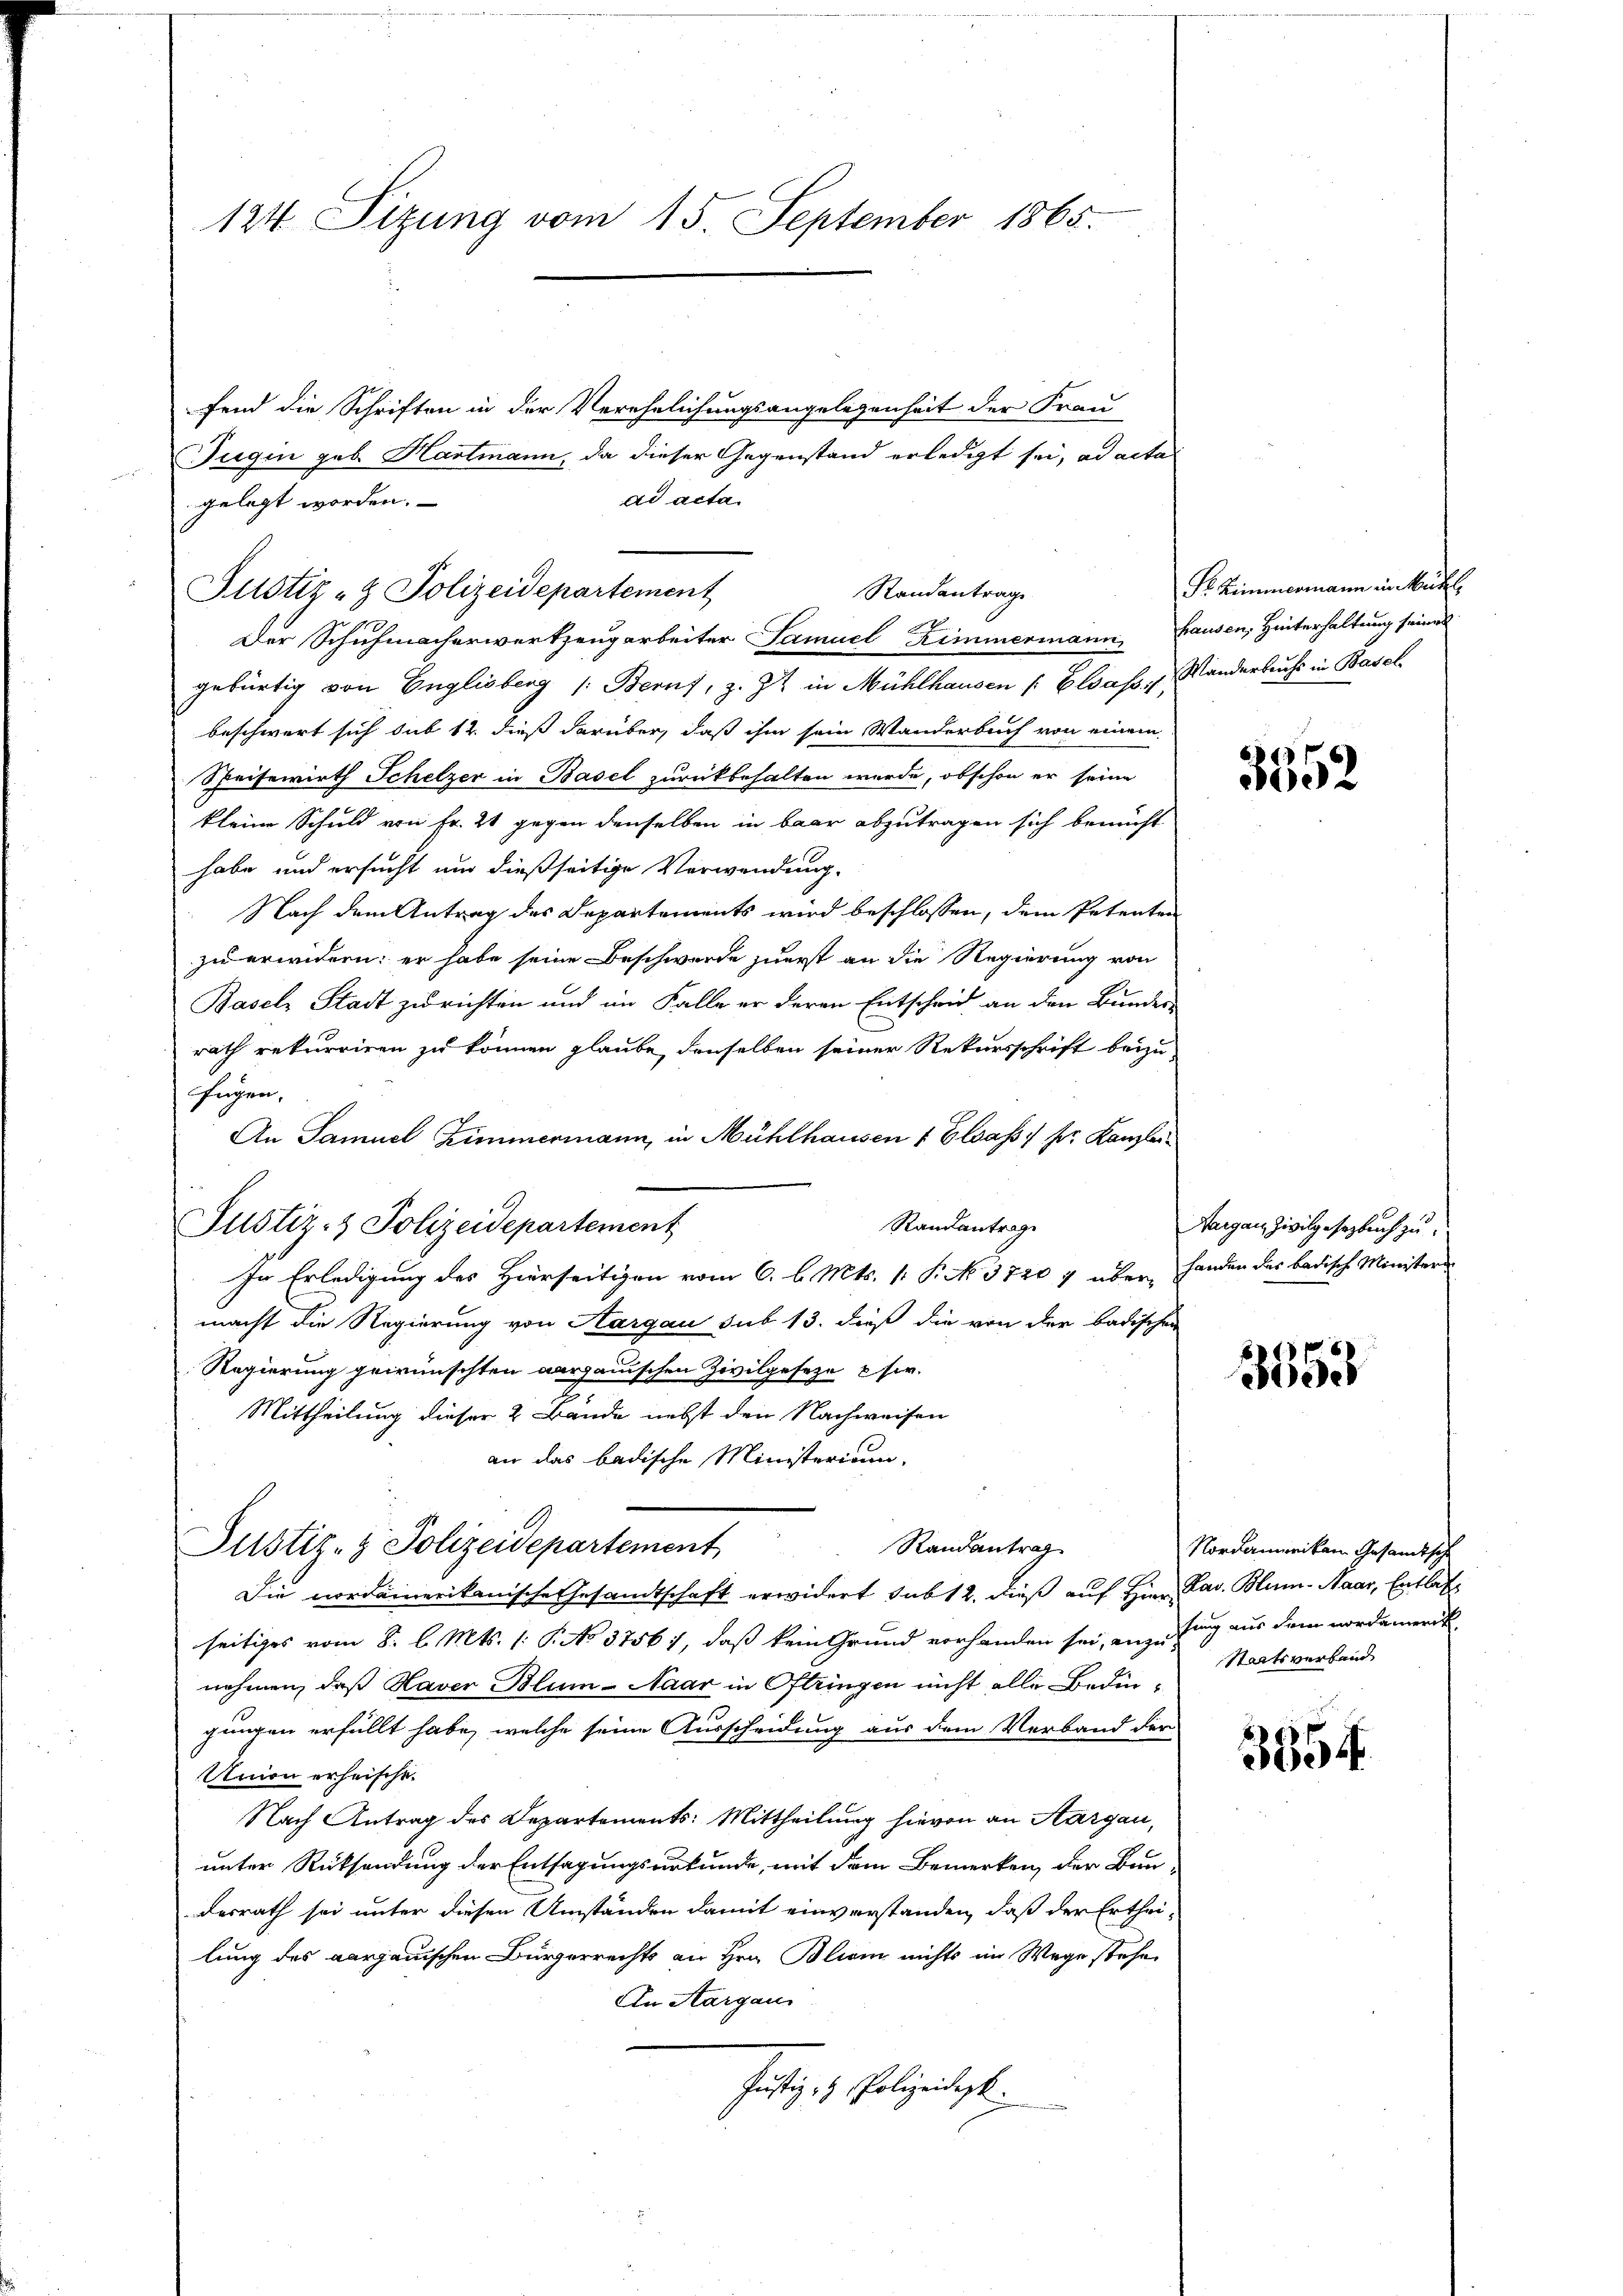
124. Sizung vom 15. September 1865.

ad acta.
gelegt worden.
Der Schuhmacherwerkzeugarbeiter Samuel Kimmermann, Hausen, Hinterhaltung seines
gebürtig von Englisberg /: Beruf, z. Zt. in Mühlhausen /: Elsass, u. Manderbruchs in Basel
beschwert sich sub 12. dieß darüber, daß ihm sein Wanderbuch von einem
Speisewirth Schelzer in Basel zurückbehalten werde, obschon er seine
kleine Schuld von Fr. 21 gegen denselben in baar abzutragen sich bemüht
habe und ersucht um dießseitige Verwendung.
Nach dem Antrag des Departements wird beschlossen, dem Petenten
zu erwidern: er habe seine Beschwerde zuerst an die Regierung von
Basel Stadt zu richten und im Falle er deren Entscheid an den Bundes-
rath rekurriren zu können glaube, denselben seiner Rekursschrift beizu-
Eugen,
An Samuel Zimmermann, in Mühlhausen 1 Elsass. pr. Kanzlei
Randantrag
Justiz- & Polizeidepartement
In Erledigung des Hierseitigen vom 6. d. Mts. k. P. No. 3740 7 über Handen des badische Ministere
macht die Regierung von Aargau sub 13. dieß die von der badischen
Regierung gewünschten aargauischen Zivilgeseze cir.
Mittheilung dieser 2 Bände nebst den Nachweisen
an das badische Ministerium,
Randantrag
Justiz- & Polizeidepartement
Die nordamerikanische Gesandtschaft erwidert sub 12. dieß auf Hinr. Sav. Blum-Naar, Entlas
seitiges vom 8. l. Mts. (: P. No 3756), daß kein Grund vorhanden sei, anzufung aus dem vordemerk
nehmen, daß Haver Blum-Naar in Oftringen nicht alle Bedingungen erfüllt habe, welche seine Ausscheidung aus dem Verband der
Union erheische.
Nach Antrag des Departements: Mittheilung hievon an Aargau,
unter Rücksendung der Entsagungsurkunde, mit dem Bemerken, der Bau-
desrath sei unter diesen Umständen damit einverstanden, daß der Ertheilung des aargauischen Bürgerrechts an Hrn. Blion nichts im Wege stehe
An Aargaus
Justiz- & Polizeidest.

Justiz- & Polizeidepartement

fend die Schriften in der Verehelichungsangelegenheit der Frau
Jugen geb. Hartmann, da dieser Gegenstand erledigt sei, ad acta

Standantrage

Pr. Zimmermann in Kudl

5552

Margau Zivilgesezbruch zu

3653

Nordamerikan Gesandtsche
Staatsverband

3354.